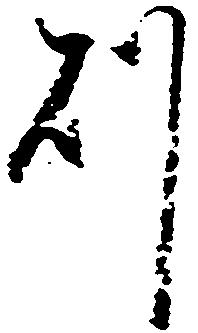
則